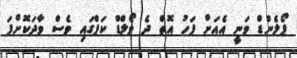
ޕޯލެންޑް ވަނީ އެއަށް ފަހު އޮތް ދެ ވޯލްޑް ކަޕްގައި ވެސް ވާދަކޮށްފަ